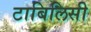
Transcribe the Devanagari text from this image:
टाबिलिसी